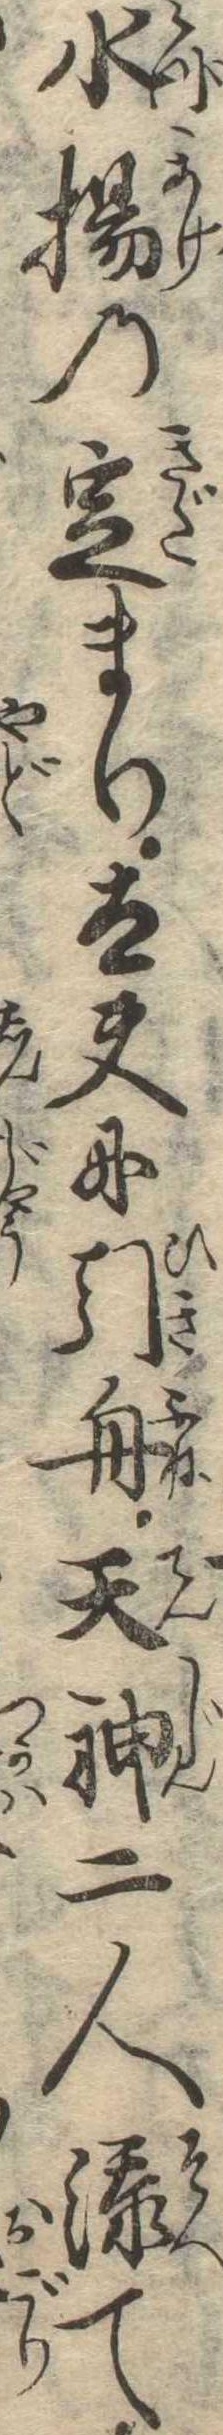
水揚の定まり太夫に引舟天神二人添て